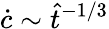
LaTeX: \dot{c}\sim\hat{t}^{-1/3}